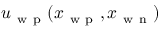
u _ { \mathrm { ~ w ~ p ~ } } ( x _ { \mathrm { ~ w ~ p ~ } } , x _ { \mathrm { ~ w ~ n ~ } } )